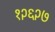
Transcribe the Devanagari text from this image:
१२६२७